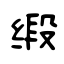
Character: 缎